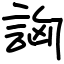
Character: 詾